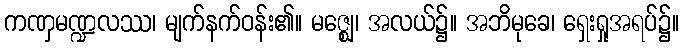
ကဏှမဏ္ဍလဿ၊ မျက်နက်ဝန်း၏။ မဇ္ဈေ၊ အလယ်၌။ အဘိမုခေ၊ ရှေးရှုအရပ်၌။